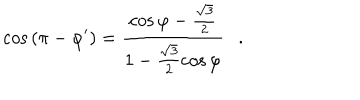
\cos { ( \pi - \varphi ^ { \prime } ) } = \frac { \cos { \varphi } - \frac { \sqrt { 3 } } { 2 } } { 1 - \frac { \sqrt { 3 } } { 2 } \cos { \varphi } } .